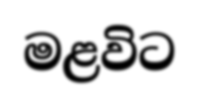
මළවිට